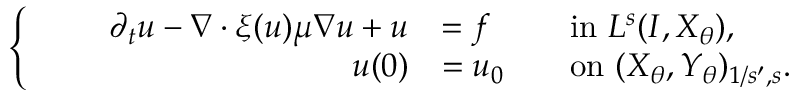
\begin{array} { r } { \left\{ \qquad \begin{array} { r l r l } { \partial _ { t } u - \nabla \cdot \xi ( u ) \mu \nabla u + u } & { = f } & & { \mathrm { i n ~ } L ^ { s } ( I , X _ { \theta } ) , } \\ { u ( 0 ) } & { = u _ { 0 } } & & { \mathrm { o n ~ } ( X _ { \theta } , Y _ { \theta } ) _ { 1 / s ^ { \prime } , s } . } \end{array} \right. } \end{array}